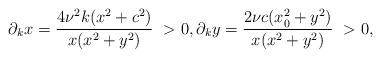
LaTeX: \begin{align*} \partial_k x = \frac{4\nu^2 k(x^2+c^2)}{x(x^2+y^2)}\ > 0, \partial_k y = \frac{2\nu c(x_0^2+y^2)}{x(x^2+y^2)}\ > 0,\end{align*}